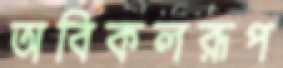
অবিকলরূপ